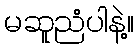
မဆူညံပါနဲ့။